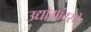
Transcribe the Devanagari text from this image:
उद्योगांवरचे